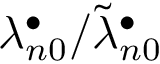
\lambda _ { n 0 } ^ { \bullet } / \widetilde \lambda _ { n 0 } ^ { \bullet }